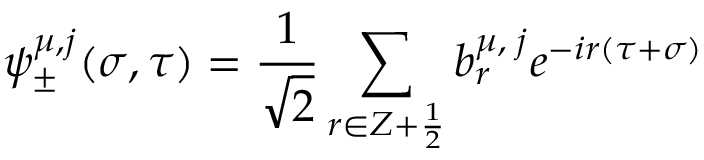
\psi _ { \pm } ^ { \mu , j } ( \sigma , \tau ) = \frac { 1 } { \sqrt 2 } \sum _ { r \in Z + \frac { 1 } { 2 } } b _ { r } ^ { \mu , \; j } e ^ { - i r ( \tau + \sigma ) }